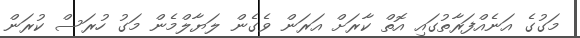
މަގުގެ އަނެއްފަރާތުގައި އޮތް ކާރަށް އަރަން ވެގެން ލަޔާލްމެން މަގު ހުރަސް ކުރަން